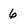
Character: 6